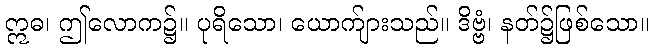
ဣဓ၊ ဤလောက၌။ ပုရိသော၊ ယောက်ျားသည်။ ဒိဗ္ဗံ၊ နတ်၌ဖြစ်သော။